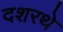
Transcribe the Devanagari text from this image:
दशरथे